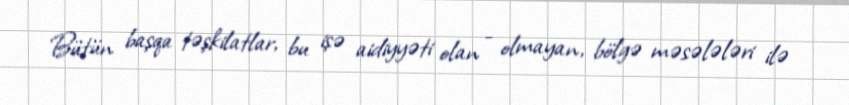
Bütün başqa təşkilatlar, bu işə aidiyyəti olan - olmayan, bölgə məsələləri ilə